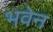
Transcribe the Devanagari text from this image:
भवेन